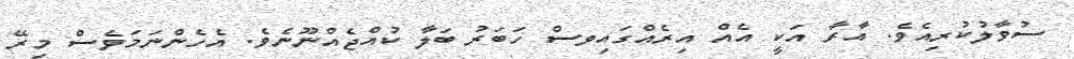
ސުވާލުކުރިއެވެ. އާރާ އަކީ އެއް އިރެއްގައިވސް ހަބަރު ބަލާ ކުއްޖެއްނޫނެވެ. އެހެންނަމަވެސް މިރޭ